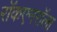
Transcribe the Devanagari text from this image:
राॅकएनराॅला